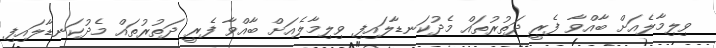
ވިލިމާލެއަށް ބާއްވާ ފެރީ ދަތުރުތައް މެދުކަނޑާލައިފި ވިލިމާލެއަށް ބާއްވާ ފެރީ ދަތުރުތައް މެދުކަނޑާލައިފި